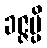
ခဇ္ဇမ္ပိ